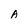
Character: A